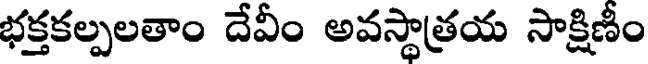
భక్తకల్పలతాం దేవీం అవస్థాత్రయ సాక్షిణీం